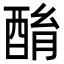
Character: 酳